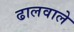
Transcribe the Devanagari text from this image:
ढालवाले